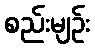
စည်းမျဉ်း